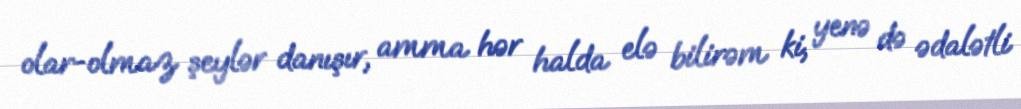
olar-olmaz şeylər danışır, amma hər halda elə bilirəm ki, yenə də ədalətli